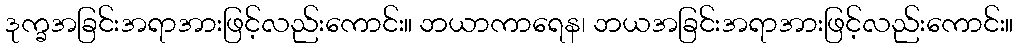
ဒုက္ခအခြင်းအရာအားဖြင့်လည်းကောင်း။ ဘယာကာရေန၊ ဘယအခြင်းအရာအားဖြင့်လည်းကောင်း။